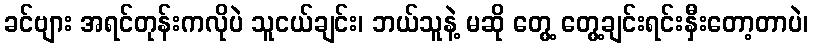
ခင်ဗျား အရင်တုန်းကလိုပဲ သူငယ်ချင်း၊ ဘယ်သူနဲ့ မဆို တွေ့ တွေ့ချင်းရင်းနှီးတော့တာပဲ၊